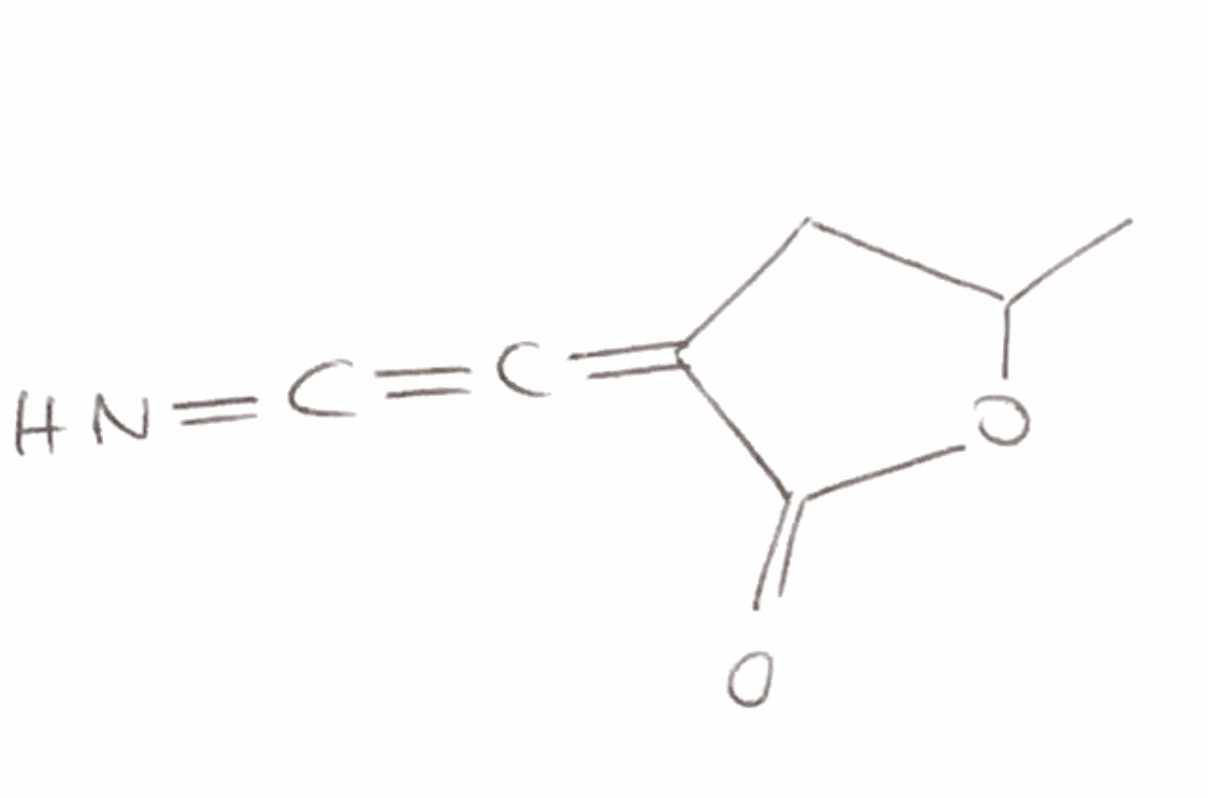
Simplified molecular-input line-entry system (SMILES) notation of the given molecule:
CC1CC(=C=C=N)C(=O)O1